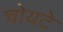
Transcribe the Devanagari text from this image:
चोयटे